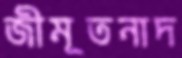
জীমূতনাদ